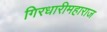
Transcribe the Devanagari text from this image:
गिरधारीमहाराज